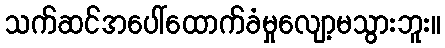
သက်ဆင်အပေါ်ထောက်ခံမှုလျော့မသွားဘူး။